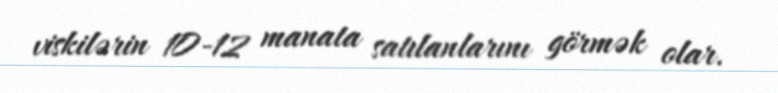
viskilərin 10-12 manata satılanlarını görmək olar.